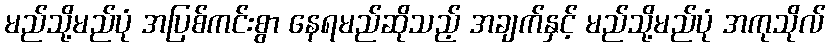
မည်သို့မည်ပုံ အပြစ်ကင်းစွာ နေရမည်ဆိုသည့် အချက်နှင့် မည်သို့မည်ပုံ အကုသိုလ်